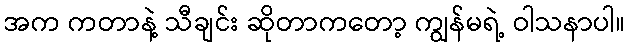
အက ကတာနဲ့ သီချင်း ဆိုတာကတော့ ကျွန်မရဲ့ ဝါသနာပါ။